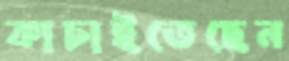
কাচাইতেছেন